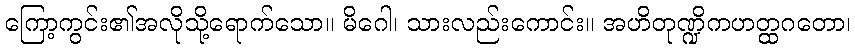
ကြော့ကွင်း၏အလိုသို့ရောက်သော။ မိဂေါ၊ သားလည်းကောင်း။ အဟိတုဏ္ဍိကဟတ္ထဂတော၊